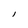
Character: l